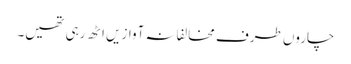
چاروں طرف مخالفانہ آوازیں اٹھ رہی تھیں۔